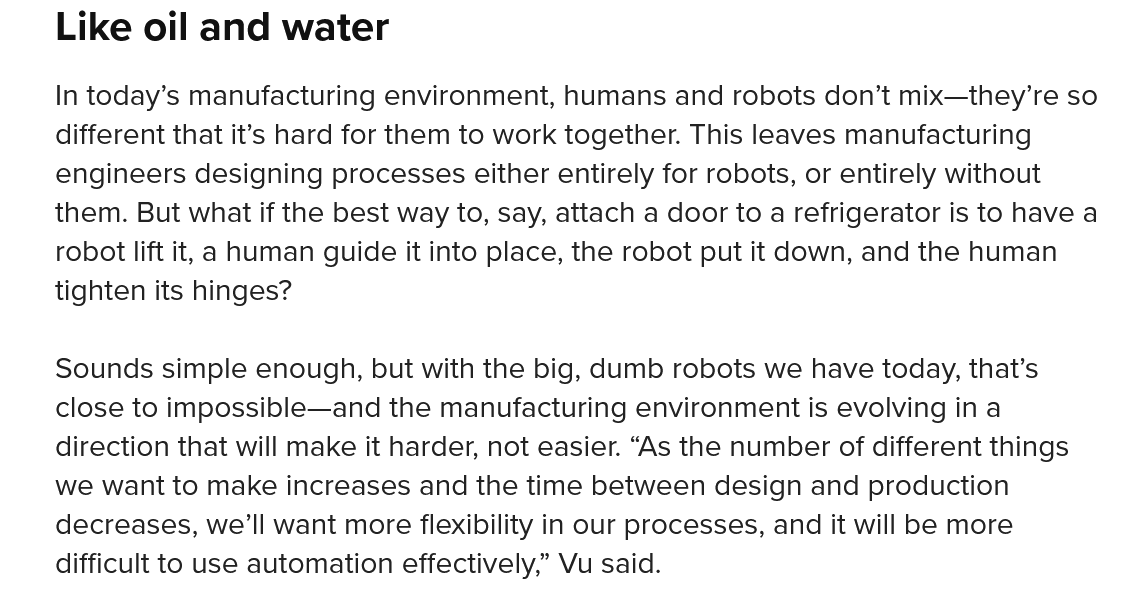
Like  oil and   water
    In today’s manufacturing environment, humans and robots don’t mix—they’re so
    different that it’s hard for them to work together. This leaves manufacturing
    engineers designing processes either entirely for robots, or entirely without
    them. But what if the best way to, say, attach a door to a refrigerator is to have a
    robot lift it, a human guide it into place, the robot put it down, and the human
    tighten its hinges?
    Sounds  simple enough, but with the big, dumb robots we have today, that’s
    close to impossible—and the manufacturing environment is evolving in a
    direction that will make it harder, not easier. “As the number of different things
    we want to make increases and the time between design and production
    decreases, we'll want more flexibility in our processes, and it will be more
    difficult to use automation effectively,” Vu said.